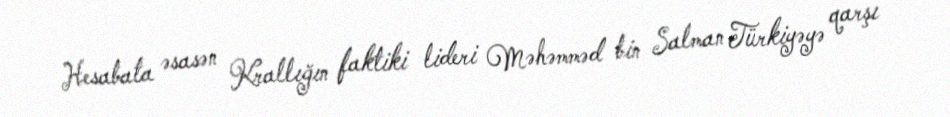
Hesabata əsasən Krallığın faktiki lideri Məhəmməd bin Salman Türkiyəyə qarşı